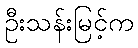
ဦးသန်းမြင့်က